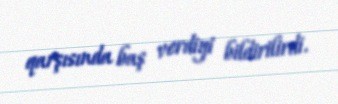
qarşısında baş verdiyi bildirilirdi.